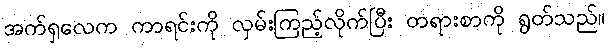
အက်ရှလေက ကာရင်းကို လှမ်းကြည့်လိုက်ပြီး တရားစာကို ရွတ်သည်။